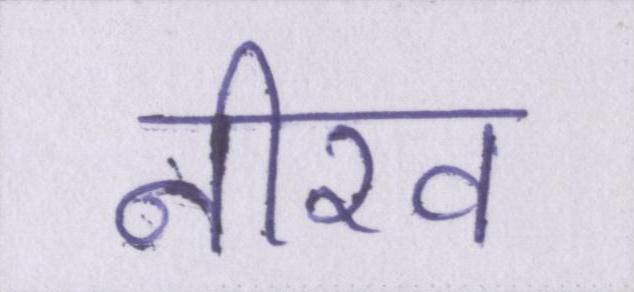
नीरव